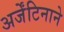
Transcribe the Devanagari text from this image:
अर्जेंटिनाने